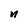
Character: n